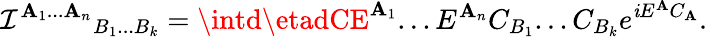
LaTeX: {\mathcal{I}^{\mathbf{A}_{1}...\mathbf{A}_{n}}}_{B_{1}...B_{k}}=\intd\etadCE^{\mathbf{A}_{1}}...E^{\mathbf{A}_{n}}C_{B_{1}}...C_{B_{k}}e^{\mathit{i}E^{\mathbf{A}}C_{\mathbf{A}}}.